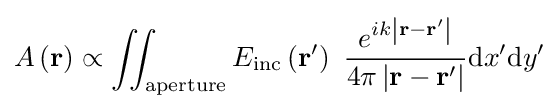
A\left(\mathbf {r} \right)\propto \iint _{\mathrm {aperture} }E_{\mathrm {inc} }\left(\mathbf {r} '\right)~{\frac {e^{ik\left|\mathbf {r} -\mathbf {r} '\right|}}{4\pi \left|\mathbf {r} -\mathbf {r} '\right|}}\mathrm {d} x'\mathrm {d} y'